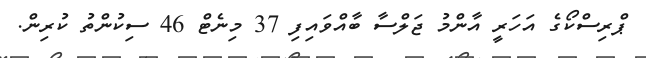
ޕްރިސްކޯގެ އަހަރީ އާންމު ޖަލްސާ ބާއްވައިފި 37 މިނެޓް 46 ސިކުންތު ކުރިން.